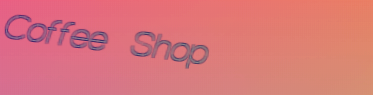
Coffee Shop